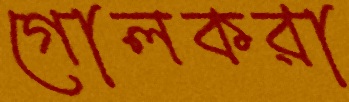
গোলকরা